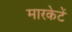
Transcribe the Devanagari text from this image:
मारकेटें